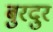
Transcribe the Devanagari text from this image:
बुरदुर